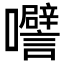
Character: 𭍅